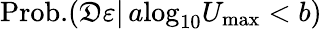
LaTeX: \mathrm{Prob.}(\mathfrak{D}\le\varepsilon\vert\, a\le\log_{10}U_{\mathrm{max}}<b)